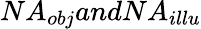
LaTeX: NA_{obj}andNA_{illu}